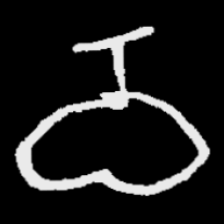
Pyu character \u2014 Myanmar letter: ဝ (romanized: wa)